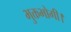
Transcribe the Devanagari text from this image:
भुक्तभोगी।